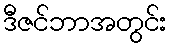
ဒီဇင်ဘာအတွင်း